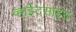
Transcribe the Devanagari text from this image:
व्हाईटसाइड